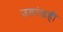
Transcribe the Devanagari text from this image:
उतरंडही